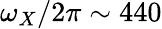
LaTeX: \omega_{X}/2\pi\sim 440